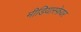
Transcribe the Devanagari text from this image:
मीडियास्फ़ेयर